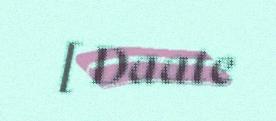
[ Daate